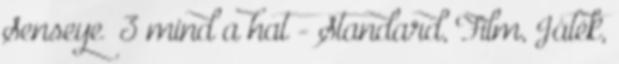
Senseye® 3 mind a hat - Standard, Film, Játék,